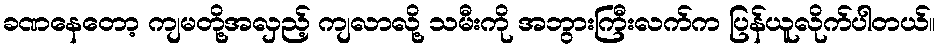
ခဏနေတော့ ကျမတို့အလှည့် ကျလာလို့ သမီးကို အဘွားကြီးလက်က ပြန်ယူလိုက်ပါတယ်။